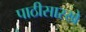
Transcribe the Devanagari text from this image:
पाठीसारखे